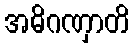
အဓိဂဏှာတိ